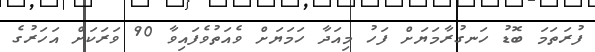
ފުރަތަމަ ބޮޑު ހަނގުރާމަޔަށް ފަހު މިއަދާ ހަމަޔަށް ވެއަތުވެފައިވާ 90 ވަރަކަށް އަހަރުގެ